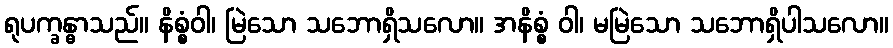
ရုပက္ခန္ဓာသည်။ နိစ္စံဝါ၊ မြဲသော သဘောရှိသလော။ အနိစ္စံ ဝါ၊ မမြဲသော သဘောရှိပါသလော။